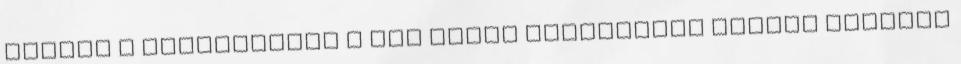
Ezeken a jeleneteken a mai napig felröhögök amikor eszembe